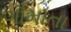
ગૌમાતા